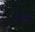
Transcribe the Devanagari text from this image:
गियमगांग